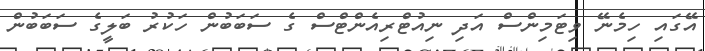
އޭގައި ހިމެނޭ ވިޓަމިންސް އަދި ނިއުޓްރިއެންޓްސް ގެ ސަބަބުން ހަކުރު ބަލީގެ ސަބަބުން